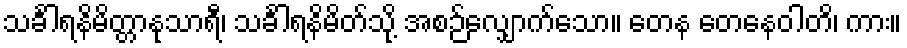
သင်္ခါရနိမိတ္တာနုသာရီ၊ သင်္ခါရနိမိတ်သို့ အစဉ်လျှောက်သော။ တေန တေနေဝါတိ၊ ကား။